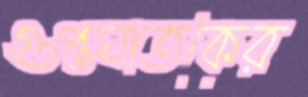
গুপ্তঘাতকের